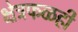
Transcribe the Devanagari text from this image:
क्षेत्रफळही